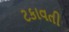
ટકાવતી